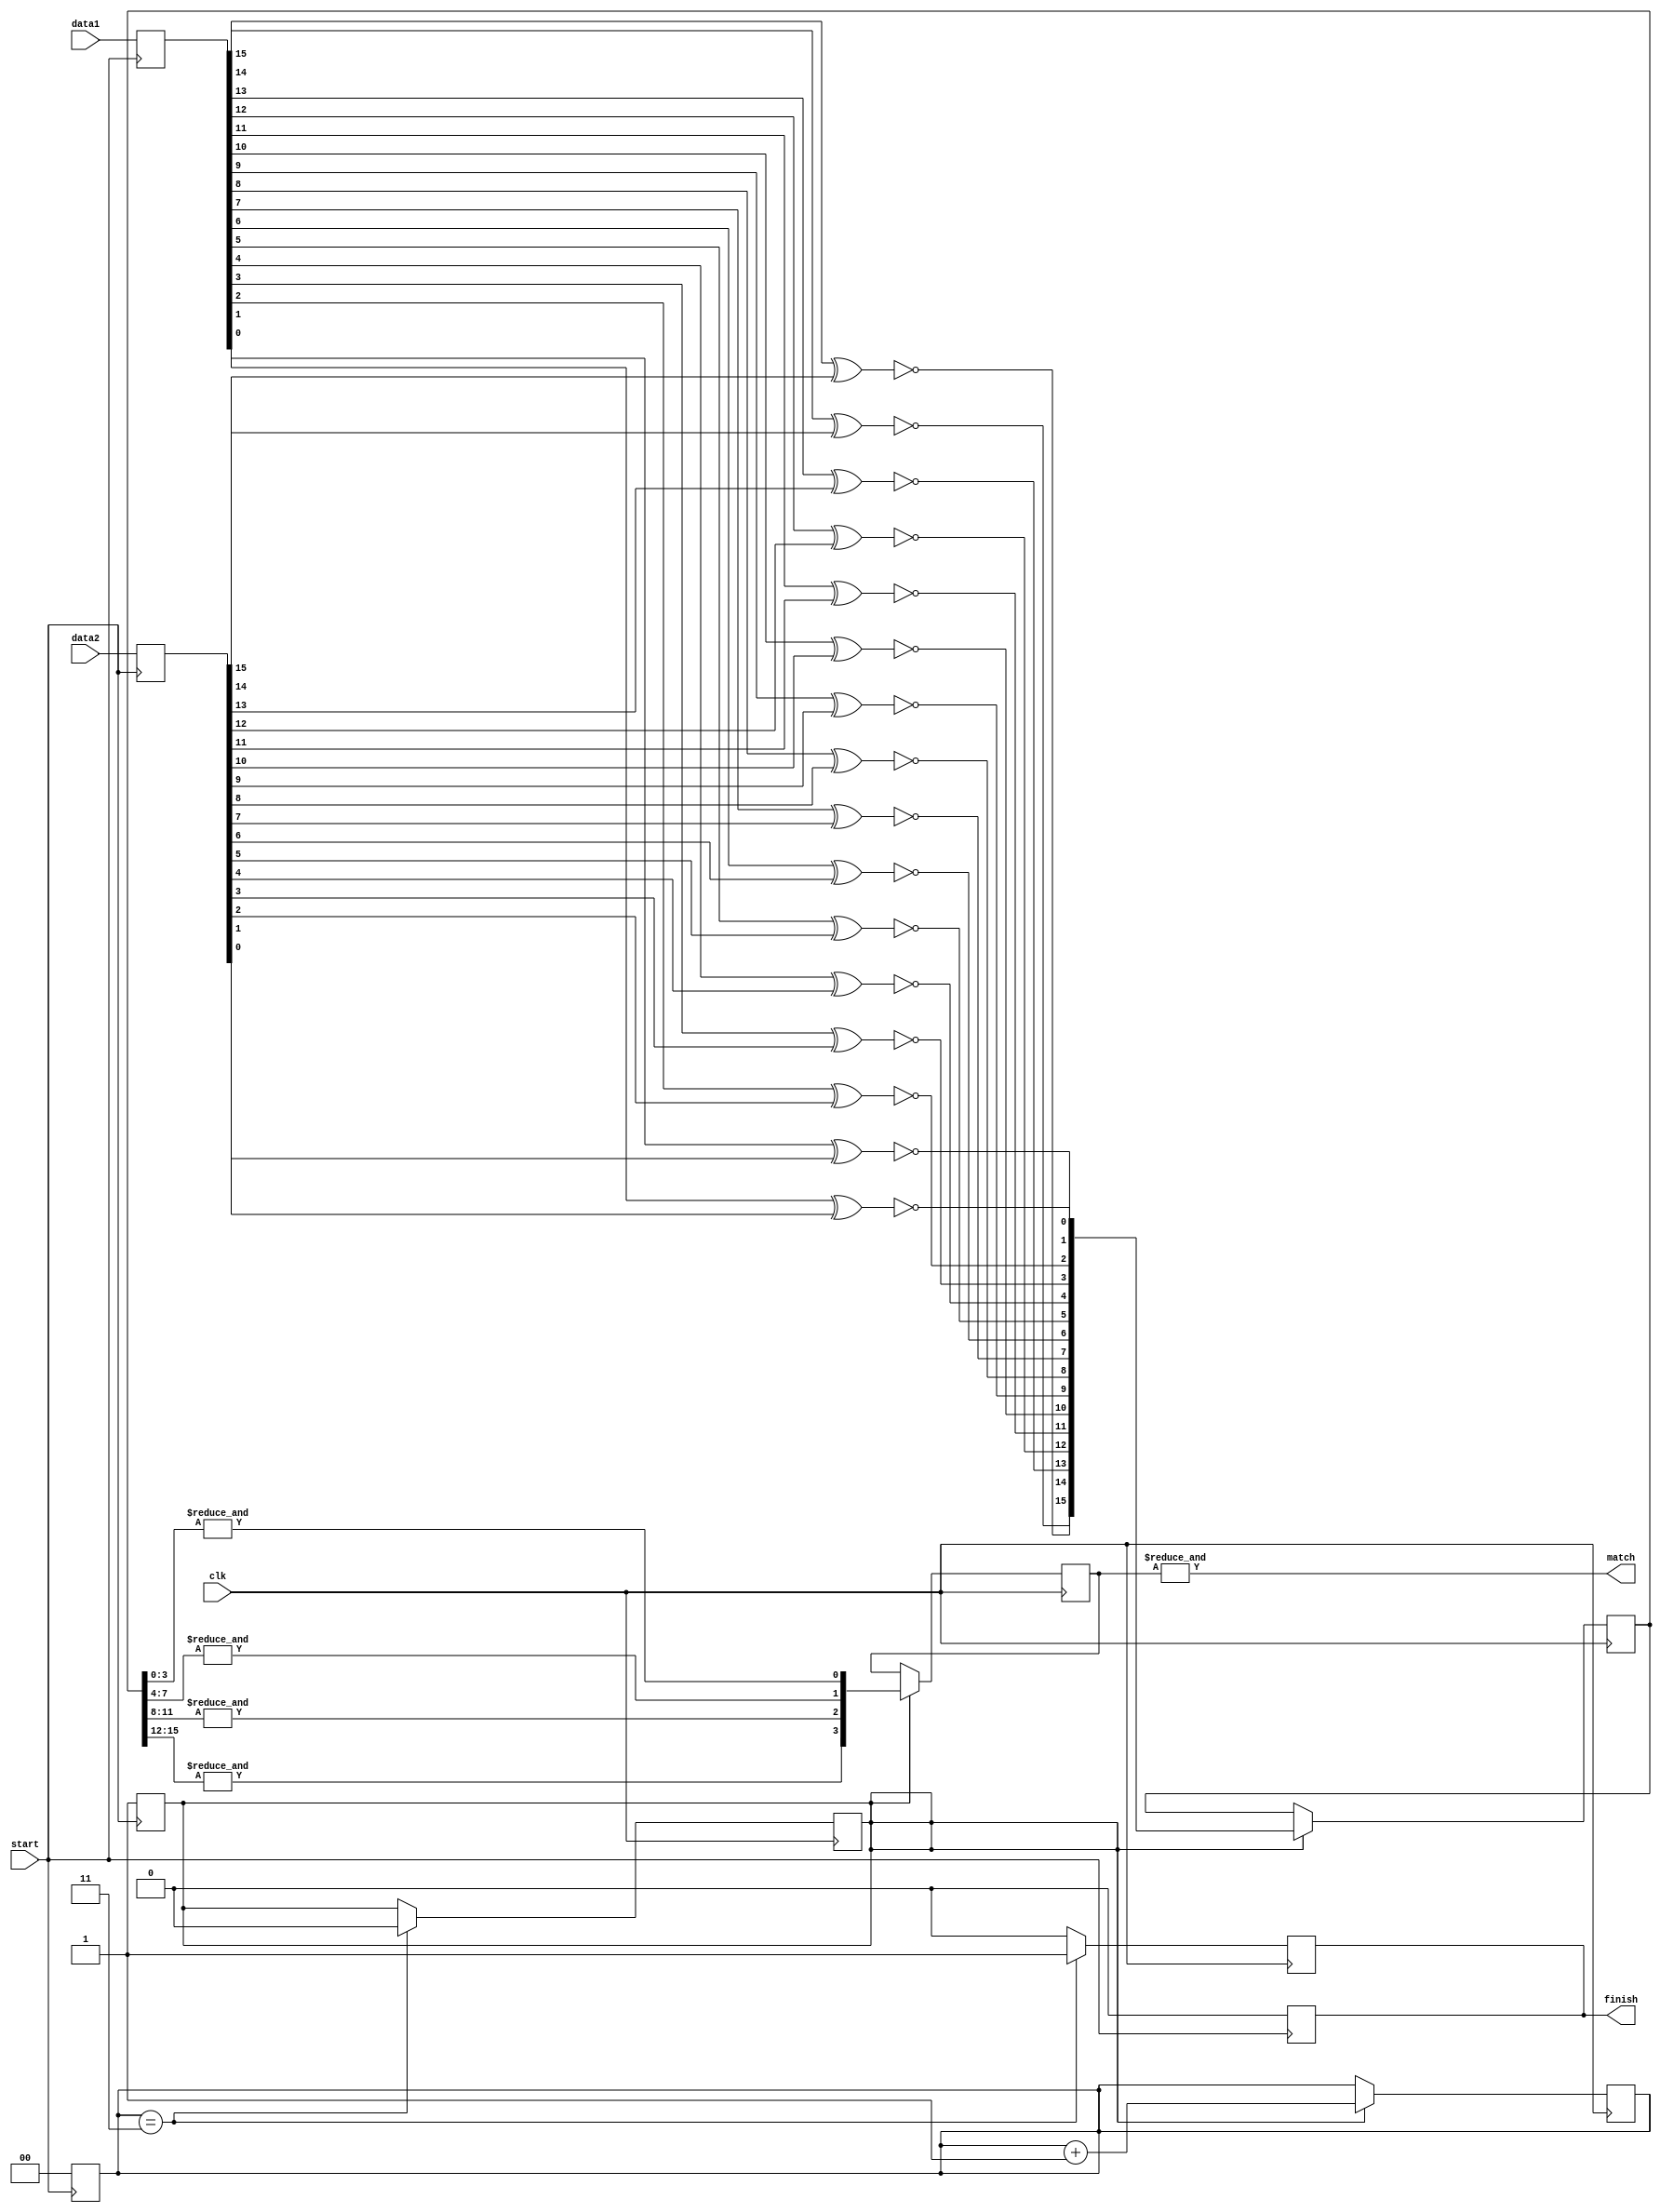
module pwChecker (
	
	input clk,
	input start,
	input [15:0]data1,						//data from keypad
	input [15:0]data2,				 		//data (without available bit) from register file

	output reg finish,
	output match
	
);

	reg [15:0]data1_Q1, data2_Q1;			//1st DFF output
	reg [15:0]data_Q2;                    	//2nd DFF output
	reg [3:0]data_Q3;                     	//3rd DFF output
	reg [1:0]counter;                     	//set counter = 3 for finished signal checking
	reg in_progress;						//when not inprogress, counter hold still

	wire [15:0]xnor_out;                   	//XNOR gate output, output 1 for same, 0 for different	
	wire [3:0]and_out;                    	//AND gate output

	assign xnor_out[15] = ~(data1_Q1[15] ^ data2_Q1[15]);
	assign xnor_out[14] = ~(data1_Q1[14] ^ data2_Q1[14]);
	assign xnor_out[13] = ~(data1_Q1[13] ^ data2_Q1[13]);
	assign xnor_out[12] = ~(data1_Q1[12] ^ data2_Q1[12]);
	assign xnor_out[11] = ~(data1_Q1[11] ^ data2_Q1[11]);
	assign xnor_out[10] = ~(data1_Q1[10] ^ data2_Q1[10]);
	assign xnor_out[9] = ~(data1_Q1[9] ^ data2_Q1[9]);
	assign xnor_out[8] = ~(data1_Q1[8] ^ data2_Q1[8]);
	assign xnor_out[7] = ~(data1_Q1[7] ^ data2_Q1[7]);
	assign xnor_out[6] = ~(data1_Q1[6] ^ data2_Q1[6]);
	assign xnor_out[5] = ~(data1_Q1[5] ^ data2_Q1[5]);
	assign xnor_out[4] = ~(data1_Q1[4] ^ data2_Q1[4]);
	assign xnor_out[3] = ~(data1_Q1[3] ^ data2_Q1[3]);
	assign xnor_out[2] = ~(data1_Q1[2] ^ data2_Q1[2]);
	assign xnor_out[1] = ~(data1_Q1[1] ^ data2_Q1[1]);
	assign xnor_out[0] = ~(data1_Q1[0] ^ data2_Q1[0]);


	assign and_out[0] = &data_Q2[3:0];    	//AND all the bits together, 1 for same, 0 for different
	assign and_out[1] = &data_Q2[7:4];
	assign and_out[2] = &data_Q2[11:8];
	assign and_out[3] = &data_Q2[15:12];

	assign match = &data_Q3;
	
	//DFF1
	always @(posedge start) begin
        data1_Q1 <= data1;
        data2_Q1 <= data2;
        finish <= 0;
        counter <= 0;
        in_progress <= 1;
	end

	//DFF2
	always @(posedge clk) begin
	   if (counter == 3) begin
	       finish <= 1;
	       in_progress <= 0;
	   end
	   else
	       finish <= 0;
        
        if (in_progress) begin
            data_Q2 <= xnor_out;            //operate at posedge clk
            data_Q3 <= and_out;
            counter <= counter + 1;			//counter +1 after each clk cyc only when in progress
        end
	end



endmodule